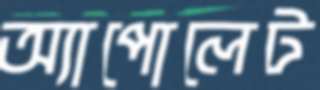
অ্যাপোলেট